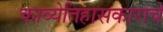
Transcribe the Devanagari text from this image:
काव्येतिहासकाराचे